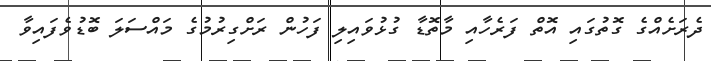
ދެރަށެއްގެ ގޮތުގައި އޮތް ފަރެހާއި މާތޮޑާ ގުޅުވައިލި ފަހުން ރަށްގިރުމުގެ މައްސަލަ ބޮޑުވެފައިވާ